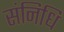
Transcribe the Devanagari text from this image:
संनिधि